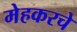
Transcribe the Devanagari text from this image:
मेहकरचे